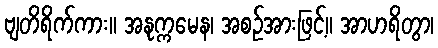
ဗျတိရိက်ကား။ အနုက္ကမေန၊ အစဉ်အားဖြင့်။ အာဟရိတွာ၊